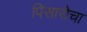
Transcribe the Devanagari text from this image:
पिसारोचा